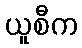
ယူစီက